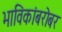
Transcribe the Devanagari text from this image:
भाविकांबरोबर